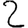
Digit: 2